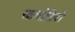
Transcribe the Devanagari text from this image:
सप्तचोटियों